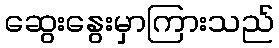
ဆွေးနွေးမှာကြားသည်